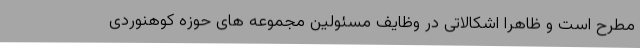
مطرح است و ظاهرا اشکالاتی در وظایف مسئولین مجموعه های حوزه کوهنوردی